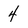
Character: 4